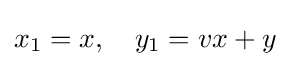
x_{1}=x,\quad y_{1}=vx+y